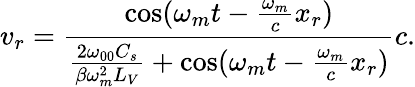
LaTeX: v_{r}=\frac{\cos(\omega_{m}t-\frac{\omega_{m}}{c}x_{r})}{\frac{2\omega_{00}C_{s}}{\beta\omega_{m}^{2}L_{V}}+\cos(\omega_{m}t-\frac{\omega_{m}}{c}x_{r})}c.